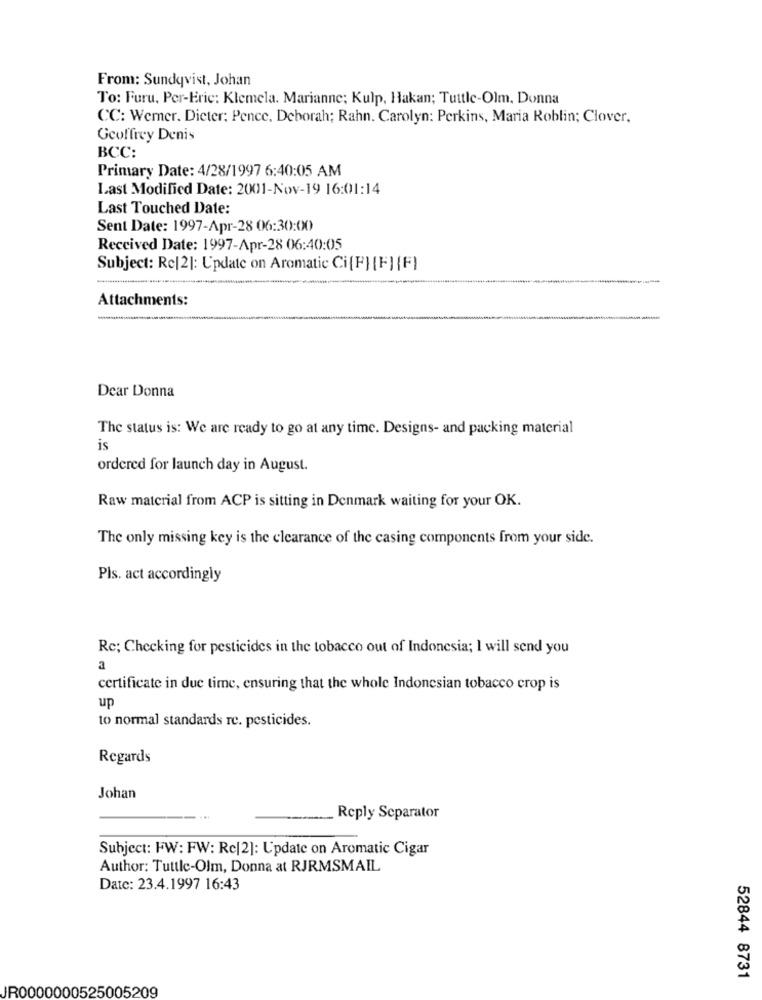
From: Sundqvist, Johan
To: Furu, Per-Eric: Klemela. Marianne; Kulp, Hakan; Tuttle-Olm, Donna
CC: Werner. Dieter: Pence, Deborah; Rahn. Carolyn: Perkins, Maria Roblin; Clover,
Geoffrey Denis
BCC:
Primary Date: 4/28/1997 6:40:05 AM
Last Modified Date: 2001-Nov-19 16:01:14
Last Touched Date:
Sent Date: 1997-Apr-28 06:30:00
Received Date: 1997-Apr-28 06:40:05
Subject: Re[2]: Update on Aromatic Ci[F] [F] [F]
Attachments:
Dear Donna
The status is: We are ready to go at any time. Designs- and packing material
is
ordered for launch day in August.
Raw material from ACP is sitting in Denmark waiting for your OK.
The only missing key is the clearance of the casing components from your side.
Pls. act accordingly
Rc; Checking for pesticides in the tobacco out of Indonesia; I will send you
certificate in due time, ensuring that the whole Indonesian tobacco crop is
up
to normal standards re. pesticides.
Regards
Johan
Reply Separator
Subject: FW: FW: Rc|2]: Update on Aromatic Cigar
Author: Tuttle-Olm, Donna at RJRMSMAIL
Date: 23.4.1997 16:43
52844 8731
JR0000000525005209